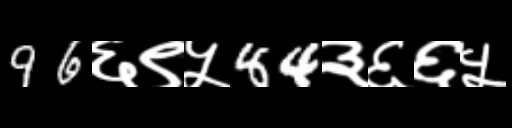
Text: 96६९५84३६६५